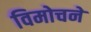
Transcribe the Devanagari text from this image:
विमोचने